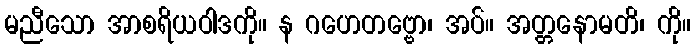
မညီသော အာစရိယဝါဒကို။ န ဂဟေတဗ္ဗော၊ အပ်။ အတ္တနောမတိ၊ ကို။